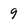
Character: 9